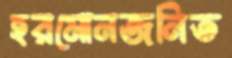
হরমোনজনিত